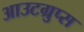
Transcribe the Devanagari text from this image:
आउटग्रुप्स